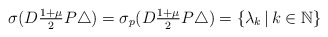
\begin{align*}\sigma(D \tfrac{1 + \mu}{2} P \triangle) = \sigma_{p}(D \tfrac{1 + \mu}{2} P \triangle) = \{\lambda_{k} \,|\, k \in \mathbb{N}\} \end{align*}